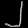
Digit: ၂